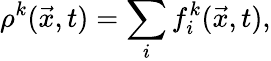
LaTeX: \rho^{k}(\vec{x},t)=\sum_{i}f_{i}^{k}(\vec{x},t),